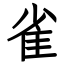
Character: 雀